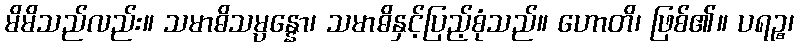
မိမိသည်လည်း။ သမာဓိသမ္ပန္နော၊ သမာဓိနှင့်ပြည့်စုံသည်။ ဟောတိ၊ ဖြစ်၏။ ပရဉ္စ၊